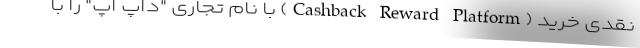
نقدی خرید (Cashback Reward Platform) با نام تجاری "داپ اَپ" را با